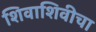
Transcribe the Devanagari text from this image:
शिवाशिवीचा